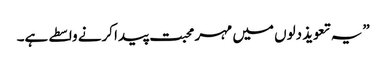
”یہ تعویذ دلوں میں مہر محبت پیدا کرنے واسطے ہے۔